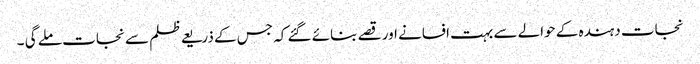
نجات دہندہ کے حوالے سے بہت افسانے اور قصے بنائے گئے کہ جس کے ذریعے ظلم سے نجات ملے گی ۔